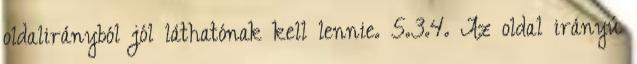
oldalirányból jól láthatónak kell lennie. 5.3.4. Az oldal irányú